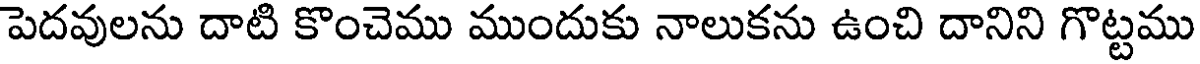
పెదవులను దాటి కొంచెము ముందుకు నాలుకను ఉంచి దానిని గొట్టము